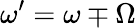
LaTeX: {\omega^{\prime}=\omega\mp\Omega}